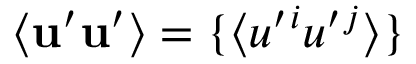
\langle { { \bf { u } } ^ { \prime } { \bf { u } } ^ { \prime } } \rangle = \{ \langle { u ^ { \prime } { } ^ { i } u ^ { \prime } { } ^ { j } } \rangle \}